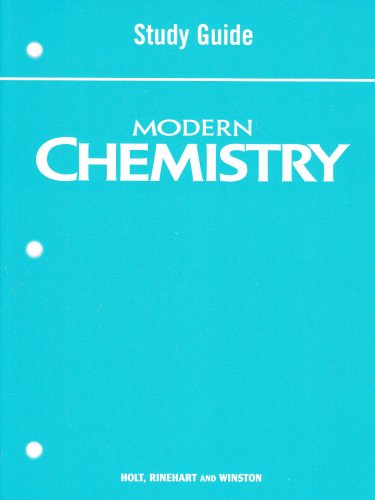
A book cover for Holt Modern Chemistry: Study Guide Student Edition; RINEHART AND WINSTON HOLT; Children's Books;